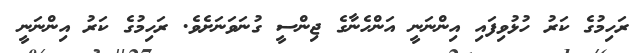
ރަހިމުގެ ކަރު ހުޅުވިފައި އިންނަނީ އަންހެނާގެ ޖިންސީ ގުނަވަނަށެވެ. ރަހިމުގެ ކަރު އިންނަނީ